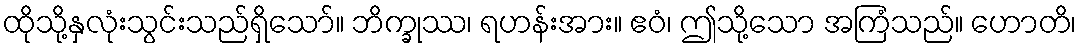
ထိုသို့နှလုံးသွင်းသည်ရှိသော်။ ဘိက္ခုဿ၊ ရဟန်းအား။ ဧဝံ၊ ဤသို့သော အကြံသည်။ ဟောတိ၊